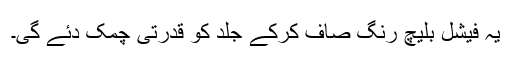
یہ فیشل بلیچ رنگ صاف کرکے جلد کو قدرتی چمک دئے گی۔